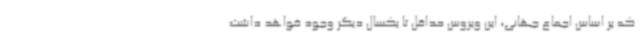
که بر اساس اجماع جهانی، این ویروس حداقل تا یکسال دیگر وجود خواهد داشت